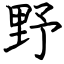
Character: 野